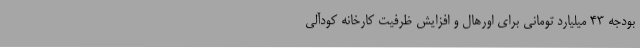
بودجه ۴۳ میلیارد تومانی برای اورهال و افزایش ظرفیت کارخانه کودآلی